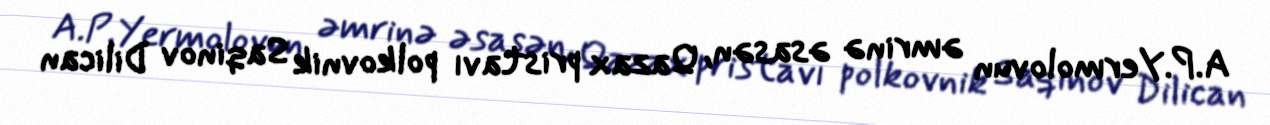
A.P.Yermolovun əmrinə əsasən, Qazax pristavı polkovnik Saqinov Dilican